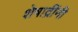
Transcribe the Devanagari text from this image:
शेषाद्रींनी